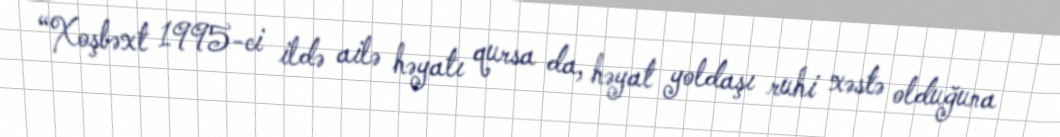
“Xoşbəxt 1995-ci ildə ailə həyatı qursa da, həyat yoldaşı ruhi xəstə olduğuna